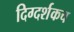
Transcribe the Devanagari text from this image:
दिग्दर्शकच